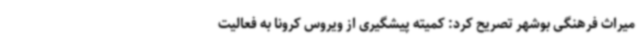
میراث فرهنگی بوشهر تصریح کرد: کمیته پیشگیری از ویروس کرونا به فعالیت